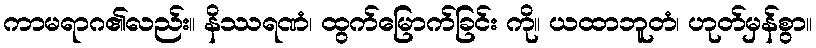
ကာမရာဂ၏လည်း။ နိဿရဏံ၊ ထွက်မြောက်ခြင်း ကို။ ယထာဘူတံ၊ ဟုတ်မှန်စွာ။